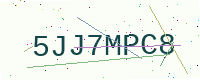
Text: 5JJ7MPC8